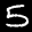
Label: 5